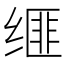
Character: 𦈗